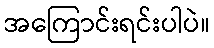
အကြောင်းရင်းပါပဲ။